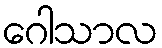
ဂေါသာလ